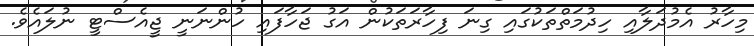
މިހާރު އެމުދަލާއި ހިދުމަތްތަކުގައި ގިނަ ފިހާރަތަކުން އަގު ޖަހާފައި ހުންނަނީ ޖީއެސްޓީ ނުލައެވެ.